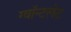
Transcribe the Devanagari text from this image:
ग्वॉन्टलेट